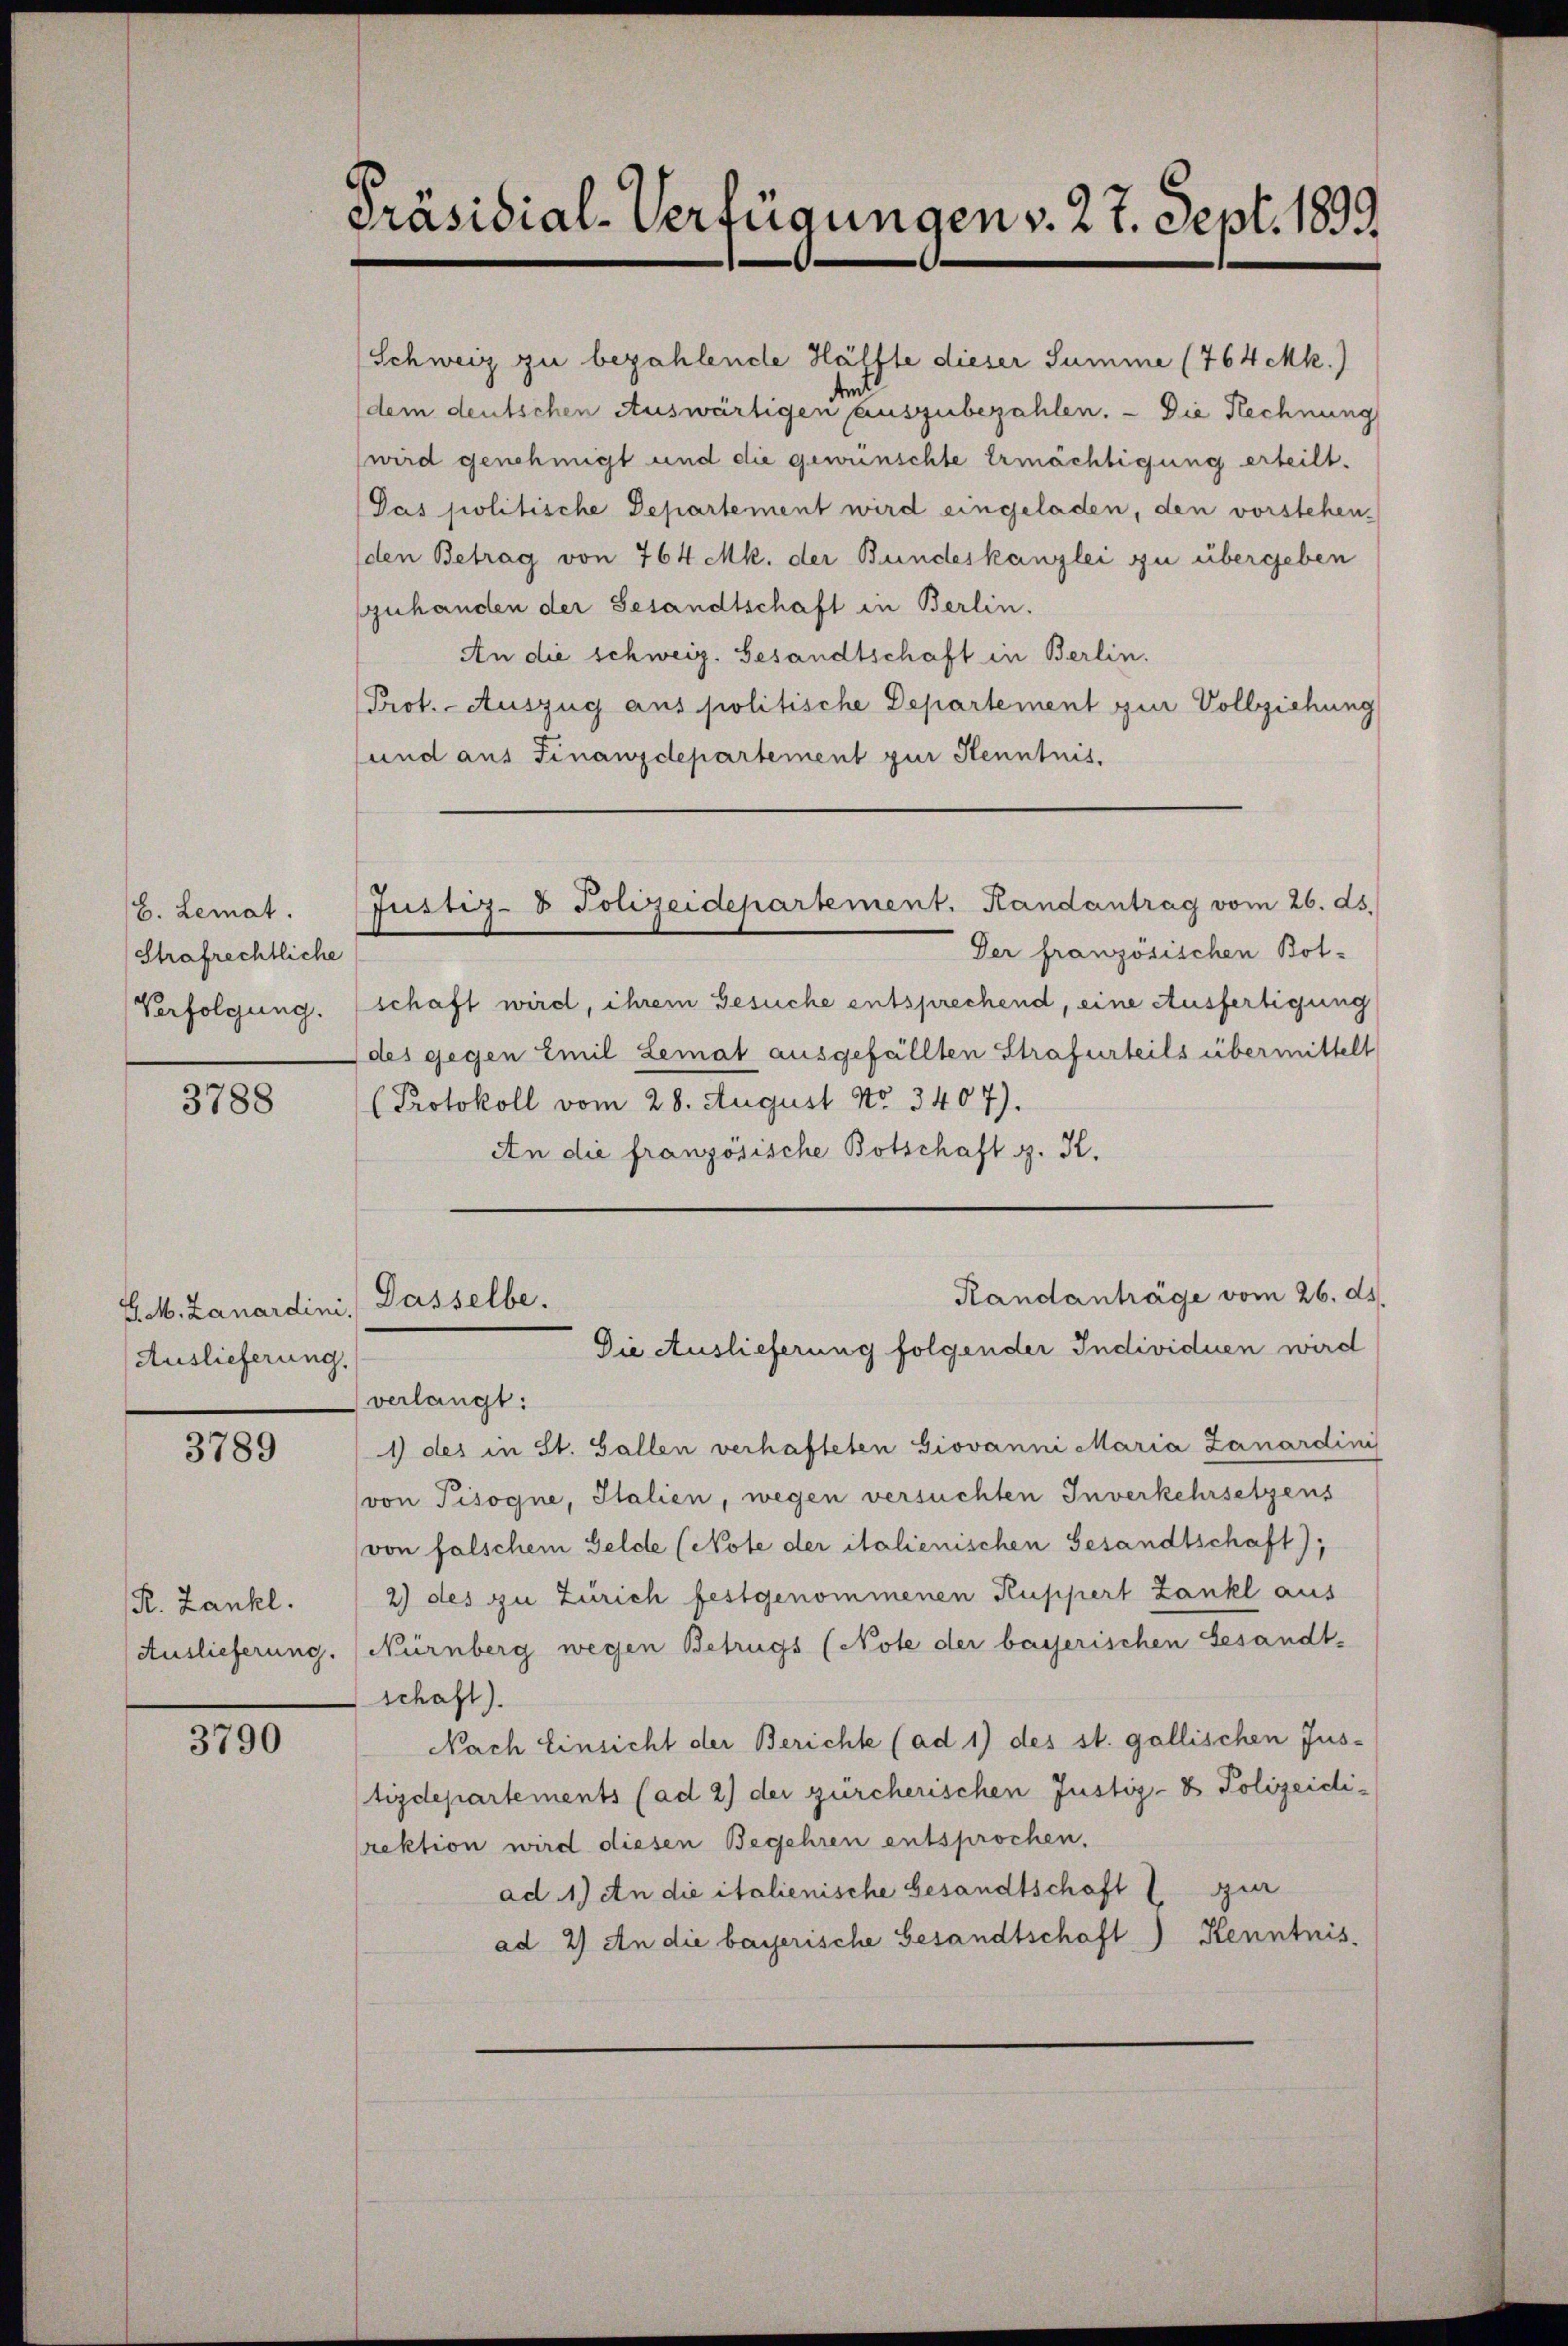
b. Lemat
(Strafrechtliche
Verfolgung.

3788

J. M. Zanardini, Dasselbe.
Auslieferung.

3789

R. Zankl.

3790

Präsidial-Verfügungen v. 27. Sept. 1833.

Der französischen Bot-
schaft wird, ihrem Gesuche entsprechend, eine Ausfertigung
des gegen Emil Lemat ausgefällten Strafurteils übermittelt
Protokoll vom 28. August No 3407).
An die französische Botschaft z. K.

Schweiz zu bezahlende Hälfte dieser Summe (764 Mk.)
dem deutschen Auswärtigen auszubezahlen. - Die Rechnung
wird genehmigt und die gewünschte Ermächtigung erteilt.
Pas politische Departement wird eingeladen, den vorstehen-
den Betrag von 764 Mk. der Bundeskanzlei zu übergeben
uhanden der Gesandtschaft in Berlin.
An die schweiz. Gesandtschaft in Berlin.
Prot. - Auszug aus politische Departement zur Vollziehung
und aus Finanzdepartement zur Henntnis.

Justiz- & Polizeidepartement. Handantrag vom 26. ds.

verlangt:
1) des in St. Gallen verhafteten Giovanni Maria Zanardinis
(von Pisogne, Italien, wegen versuchten Inverkehrsetzens
von falschem Gelde (Note der italienischen Gesandtschaft);
2) des zu Zürich festgenommenen Kuppert Zankl aus
Auslieferung. (Nürnberg wegen Betrugs (Note der bayerischen Gesandt-
schaft).
Nach Einsicht der Berichte (ad 1) des st. gallischen Jus-
tizdepartements (ad 2) der zürcherischen Justiz- & Polizeidi-
rektion wird diesen Begehren entsprochen.
ad 1.) An die italienische Gesandtschaft I zur
ad 2) An die bayerische Gesandtschaft) Kenntnis.

Randanträge vom 26. ds.
Die Auslieferung folgender Individuen wird